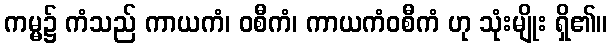
ကမ္မ၌ ကံသည် ကာယကံ၊ ဝစီကံ၊ ကာယကံဝစီကံ ဟု သုံးမျိုး ရှိ၏။